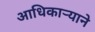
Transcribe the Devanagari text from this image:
आधिकार्‍याने